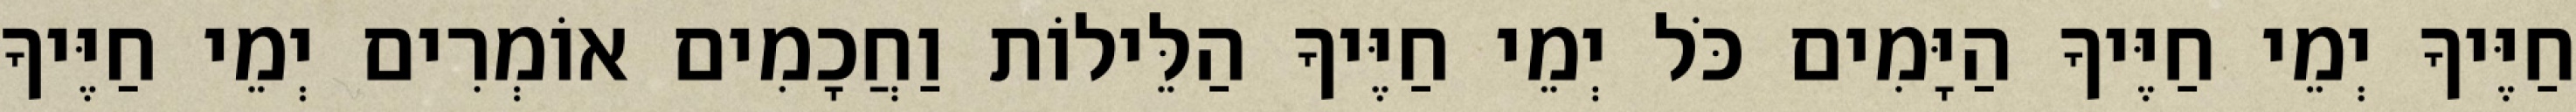
חַיֶּיךָ יְמֵי חַיֶּיךָ הַיָּמִים כֹּל יְמֵי חַיֶּיךָ הַלֵּילוֹת וַחֲכָמִים אוֹמְרִים יְמֵי חַיֶּיךָ